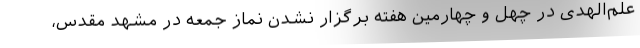
علم‌الهدی در چهل و چهارمین هفته برگزار نشدن نماز جمعه در مشهد مقدس،